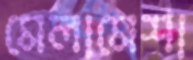
মেলামেশা